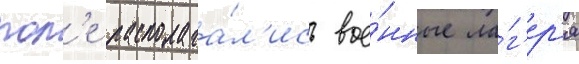
пол'е располага́л'ись вое́нные ла́г'ер'я